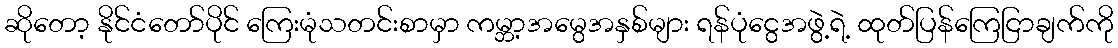
ဆိုတော့ နိုင်ငံတော်ပိုင် ကြေးမုံသတင်းစာမှာ ကမ္ဘာ့အမွေအနှစ်များ ရန်ပုံငွေအဖွဲ့ရဲ့ ထုတ်ပြန်ကြေငြာချက်ကို